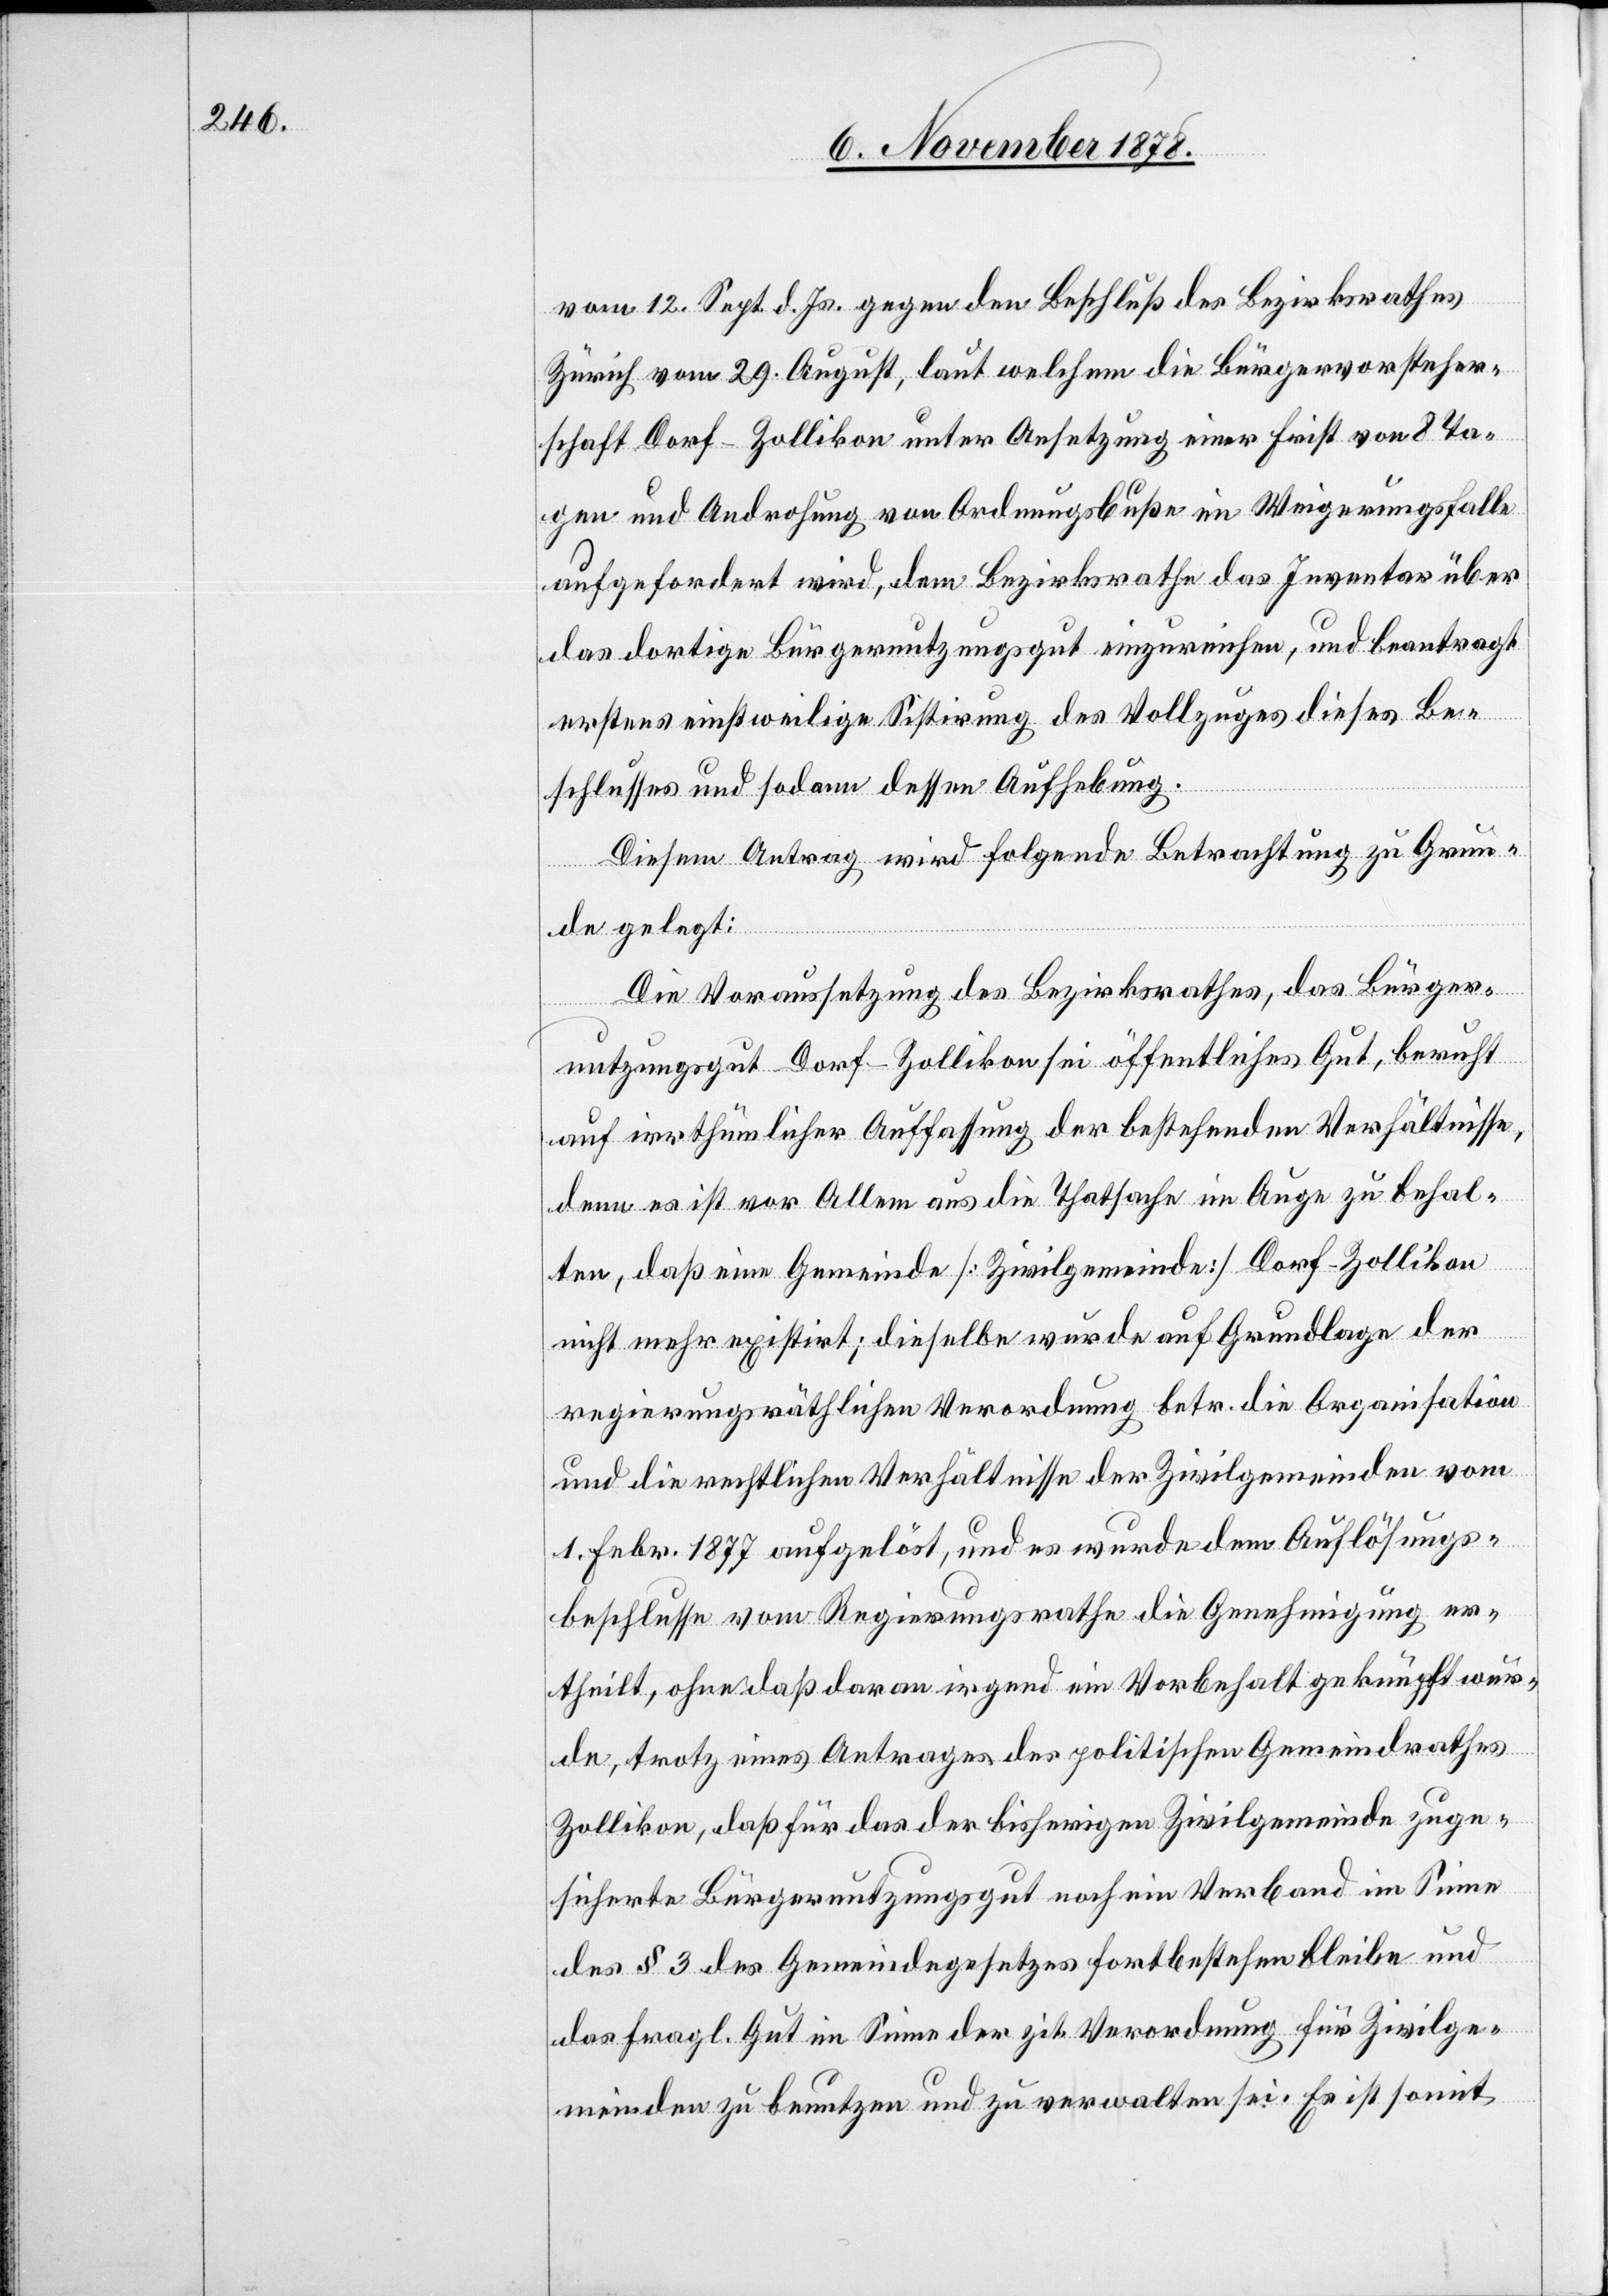
vom 12. Sept. d. Js. gegen den Beschluß des Bezirksrathes
Zürich vom 29. August, laut welchem die Bürgervorsteher¬
schaft Dorf - Zollikon unter Ansetzung einer Frist von 8 Ta¬
gen und Androhung von Ordnungsbuße im Weigerungsfalle
aufgefordert wird, dem Bezirksrathe das Inventar über
das dortige Bürgernutzungsgut einzureichen, und beantragt
erstens einstweilige Sistirung des Vollzuges dieses Be¬
schlusses und sodann dessen Aufhebung.
Diesem Antrag wird folgende Betrachtung zu Grun¬
de gelegt:
Die Voraussetzung des Bezirksrathes, das Bürger¬
nutzungsgut Dorf - Zollikon, sei öffentliches Gut, beruht
auf irrthümlicher Auffassung der bestehenden Verhältnisse,
denn es ist vor Allem aus die Thatsache im Auge zu behal¬
ten, daß eine Gemeinde [Zivilgemeinde] Dorf - Zollikon
nicht mehr existirt; dieselbe wurde auf Grundlage der
regierungsräthlichen Verordnung betr. die Organisation
und die rechtlichen Verhältnisse der Zivilgemeinden vom
1. Febr. 1877 aufgelöst, und es wurde dem Auflösungs¬
beschlusse vom Regierungsrathe die Genehmigung er¬
theilt, ohne daß daran irgend ein Vorbehalt geknüpft wur¬
de, trotz eines Antrages des politischen Gemeindrathes
Zollikon, daß für das der bisherigen Zivilgemeinde zuge¬
sicherte Bürgernutzungsgut noch ein Verband im Sinne
des § 3 des Gemeindegesetzes fortbestehen bleibe und
das fragl. Gut im Sinne der zit. Verordnung für Zivilge¬
meinden zu benutzen und zu verwalten sei. Es ist somit